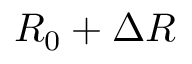
R _ { 0 } + \Delta R